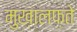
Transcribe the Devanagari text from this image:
मुख़ालफ़ते